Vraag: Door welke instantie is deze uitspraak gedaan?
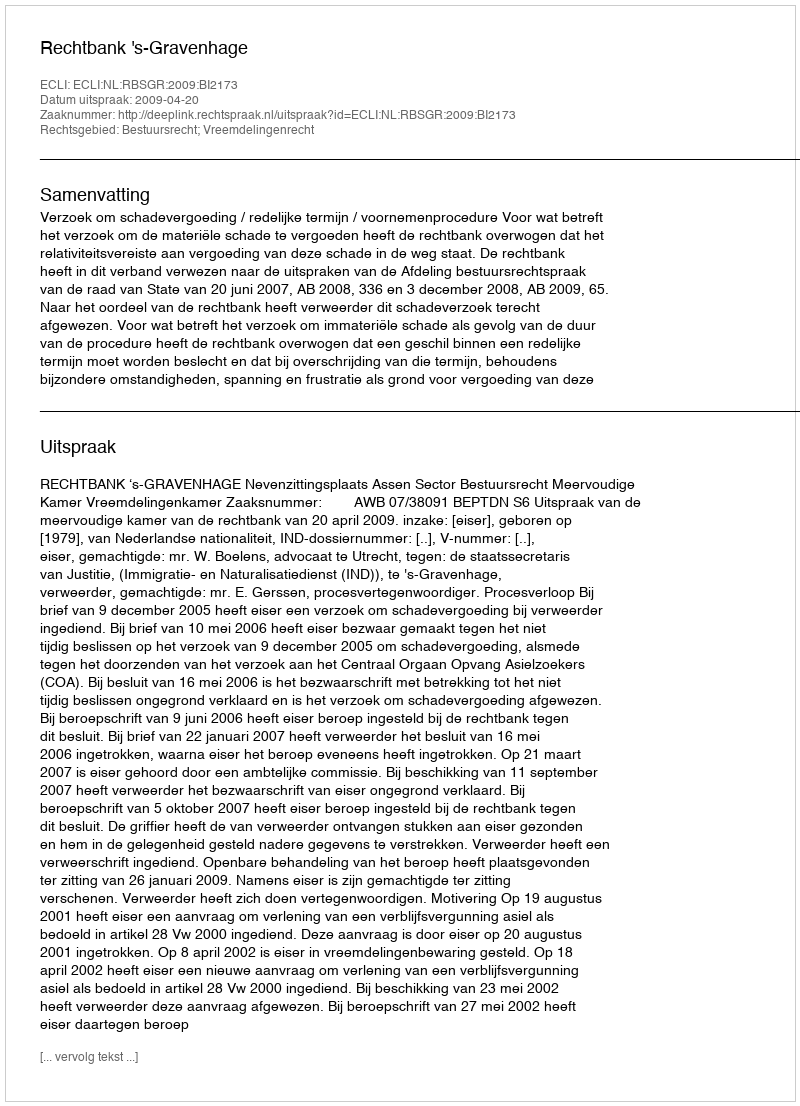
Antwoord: Rechtbank 's-Gravenhage